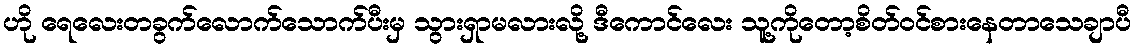
ဟို ရေလေးတခွက်လောက်သောက်ပီးမှ သွားရှာမလားလို့ ဒီကောင်လေး သူ့ကိုတော့စိတ်ဝင်စားနေတာသေချာပီ